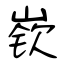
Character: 嵚